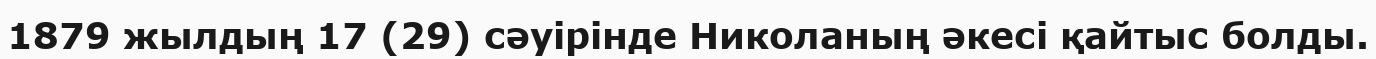
1879 жылдың 17 (29) сәуірінде Николаның әкесі қайтыс болды.